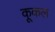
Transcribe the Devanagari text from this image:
कूकल